Cholera in southern India
Disease focus: Cholera
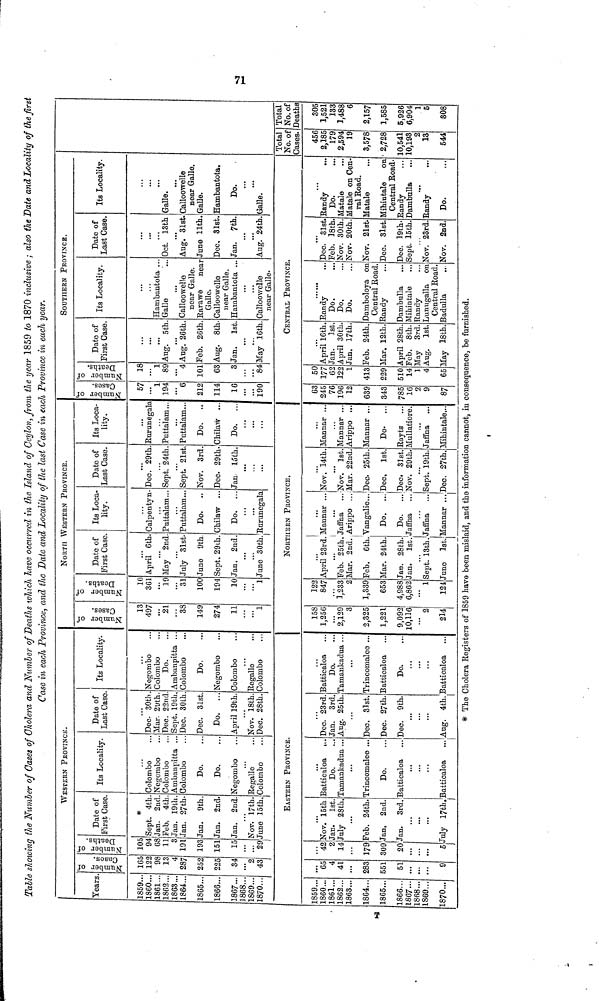
Table showing the Number of Gases of Cholera and Number of Deaths which have occurred in the Island of Ceylon, from the year 1859 to 1870 inclusive ; also the Date and Locality of the first
Case in each Province, and the Date and Locality of the last Case in each Province in each year.
Years
1859..
1860..
1861..
1862..
1863...
1864...
1865...
1866...
1867...
1868
1869...
1870...
1859
1860...
1861...
1862...
1863
1864...
1865...
1866...
1867...
1868
1869
1870...
WESTERN PROVINCE.
Number of Cases.
165
122
98
13
4
287
252
225
34
2
43
Number of
Deaths.
105
94
68
11
3
191
193
151
15
29
Date of
First Case.
*
Sept. 4th.
Jan. 2nd
Feb. 4th
Jan. 19th
Jan. 27th
Jan. 9th
Jan. 2nd
Jan. 2nd.
Nov. 17th
June 15 th
Its Locality.
Colombo
. Negombo
. Colombo
. Ambanpitta ..
. Colombo
Do.
Do.
Negombo
Regalle
Colombo
Date of
Last Case.
Dec- 30th
Mar. 29th.
Dec. 22nd
Sept. 19th,
Dec. 30th
Dec. 31st.
Do.
...
April 19th.
Nov. 18th.
Dec. 28th.
Its Locality.
Negombo
Colombo
Do.
Ambanpitta ..
Colombo
Do.
Negombo
Colombo
Regalle
Colombo
EASTERN PROVINCE.
65
4
41
283
551
51
9
42
2
14
179
309
20
5
Nov. 15th
Jan. 1st.
July 28th.
Feb. 24th.
Jan, 2nd.
Jan. 3rd.
July 17th.
Batticaloa ...
Do.
Tamankadua ...
...
Trincomalee ...
Do.
Batticaloa
...
Batticaloa
Dec. 23rd.
Jan. 3rd.
Aug. 25th.
Dec. 31st.
Dec. 27th.
Dec. 9th.
...
...
Aug. 4th.
Batticaloa
Do.
Tamankadua ...
Trincomalee ...
Batticaloa
Do.
...
...
Batticaloa
NORTH WESTERN PROVINCE.
Number of Cases.
13
497
21
33
149
274
11
1
Number of Deaths.
10
361
19
31
100
194
10
1
Date of
First Case.
April 6th
May 2nd
July 31st
June 9th
Sept. 29th.
Jan. 2nd.
June 30th.
Its Loca
lity.
Calpentyn.
Puttalam..
...
Puttalam..
Do.
..
Chilaw
Do. ..
Rurunegala
Date of
Last Case.
Dec. 29th
. Sept. 24th.
. Sept. 21st
Nov. 3rd.
Dec. 29th.
Jan 15th.
Its Loca-
lity.
Rurunegala
Puttalam...
Puttalam...
Do.
..
Chilaw ...
Do.
...
NORTHERN PROVINCE.
158
1,250
2,129
3
2,825
1,221
9,092
10,116
...
2
214
122
847
1,233
2
1,339
653
4,988
6,862
...
1
124
April 23rd.
...
Feb. 25th.
Mar. 2nd.
Feb. 6th.
Mar. 24th.
Jan. 28th.
Jan. 1st.
Sept. 13th.
June 1st.
Mannar ...
Jaffna
Arippo ...
Vangalie...
Do. ...
Do.
...
Jaffna
Jaffna
Mannar ...
Nov. 14th.
...
Nov. 1st.
Mar. 22nd.
Dec 25th.
Dec,
1st,
Dec. 31st.
Nov. 29th.
...
Sept. 19th.
Dec. 27th.
Mannar ...
Mannar ...
Arippo ...
Mannar ...
Do.
...
Rayts
Mullatiore.
Jaffna
Mihintale...
SOUTHERN PROVINCE.
Number of Cases.
57
1
194
6
212
114
16
190
Number of Deaths.
18
1
89
4
101
63
3
84
Date of
First Case.
Aug. 5 th.
Aug. 26th.
Feb. 26th.
Aug. 8th.
Jan.
1st.
May 16th.
Its Locality.
Hambantota
Galle
Calloowelle
near Galle.
Rarawe near
Galle.
Calloowelle
near Galle.
Hambantota ..
Calloowelle
near Galle-
Date of
Last Case.
Oct. 13th
Aug. 31st.
June 11th.
Dec. 31st.
Jan. 7th.
Aug. 24th.
Its Locality.
Galle.
Calloowelle
near Galle.
Galle.
Hambantota.
Do.
Galle.
CENTRAL PROVINCE.
63
245
76
196
12
639
343
785
16
2
9
87
50
177
62
122
1
413
229
510
14
1
4
65
April 16th.
Jan.
1st.
April 30th.
Jan. 17th.
Feb. 24th.
Mar. 12th.
April 28th.
Feb. 8th.
May 3rd.
Aug. 1st.
May 18th.
Randy
Do.
Do.
Do.
Damboloya on
Central Road
Randy
Dambulla
Mihintale
Randy
Lunugalla on
Central Road.
Badulla
Dec. 31st.
Feb. 18th.
Nov. 30th.
Nov. 20th.
Nov. 21st.
Dec. 31st.
Dec. 19th
Sept. 15th.
Nov. 23rd.
Nov. 2nd.
Randy
Do.
Mat ale
Matale on Cen-
tral Road.
Matale
Mihintale on
Central Road.
Randy
Dambulla
Randy
Do.
Total
No. of
Cases.
456
2,185
179
2,594
19
3,578
2,728
10,541
10,193
2
13
544
Total
No. of
Deaths
305
1,521
133
1,488
6
2,157
1,585
5,926
6,904
1
5
308
* The Cholera Registers of 1859 have been mislaid, and the information cannot, in consequence, be furnished.
71